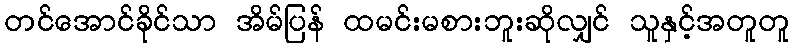
တင်အောင်ခိုင်သာ အိမ်ပြန် ထမင်းမစားဘူးဆိုလျှင် သူနှင့်အတူတူ